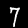
Label: 7